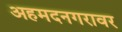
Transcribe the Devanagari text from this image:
अहमदनगरावर